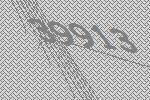
39913